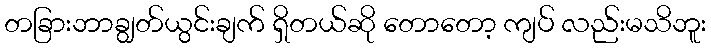
တခြားဘာချွတ်ယွင်းချက် ရှိတယ်ဆို တောတော့ ကျပ် လည်းမသိဘူး